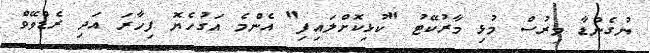
ޔުގެންޑާ މިރުސް މުޅި މާރުކޭޓު "ކުޅިކޮށްލައިފި" އެންމެ އަގުހެޔޮ ފިހާރަ އަދި ރެޑްވޭވް